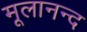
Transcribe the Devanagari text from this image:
मूलानन्द